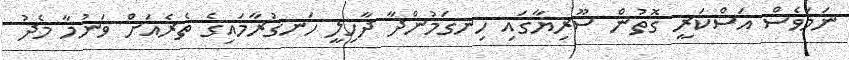
ނަމަވެސް އަސްކަރީ ގޮތުން ސޫރިޔާގައި ހިނގަމުންދާ ދާހިލީ ހަނގުރާމައިގެ ތެރެއަށް ވަނުމާ މެދު